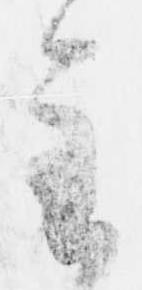
主